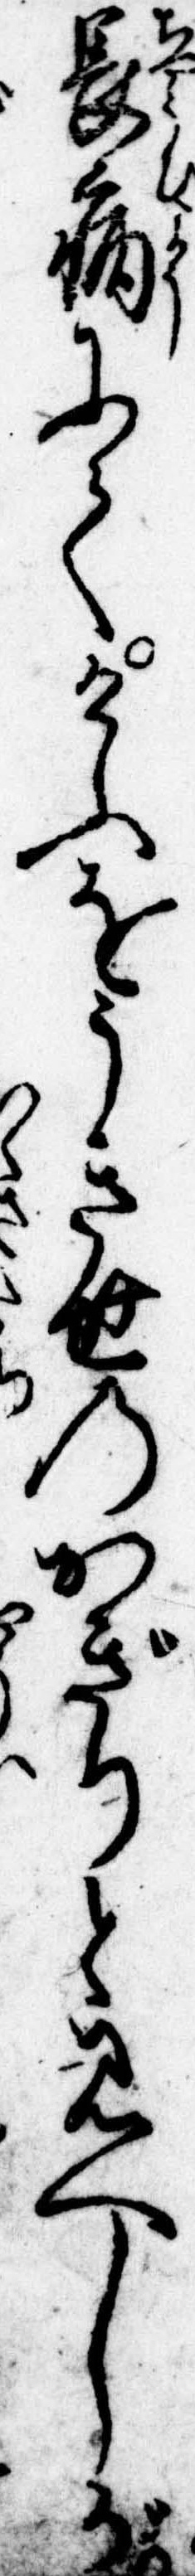
長病にてけふをうき世のかぎりと見へしが